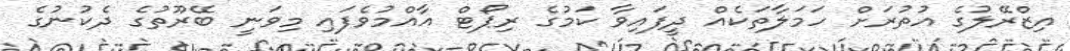
އިޒްރޭލުގެ އުތުރަށް ހަމަލާތަކެއް ދީފައިވާ ކަމުގެ ރިޕޯޓް އާއްމުވެފައި މިވަނީ ބޭރޫތުގެ ދެކުނުގެ